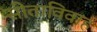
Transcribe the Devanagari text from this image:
सीताविवाह